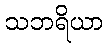
သဘရိယာ